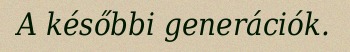
A későbbi generációk.